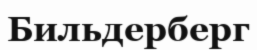
Бильдерберг